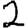
Digit: 2